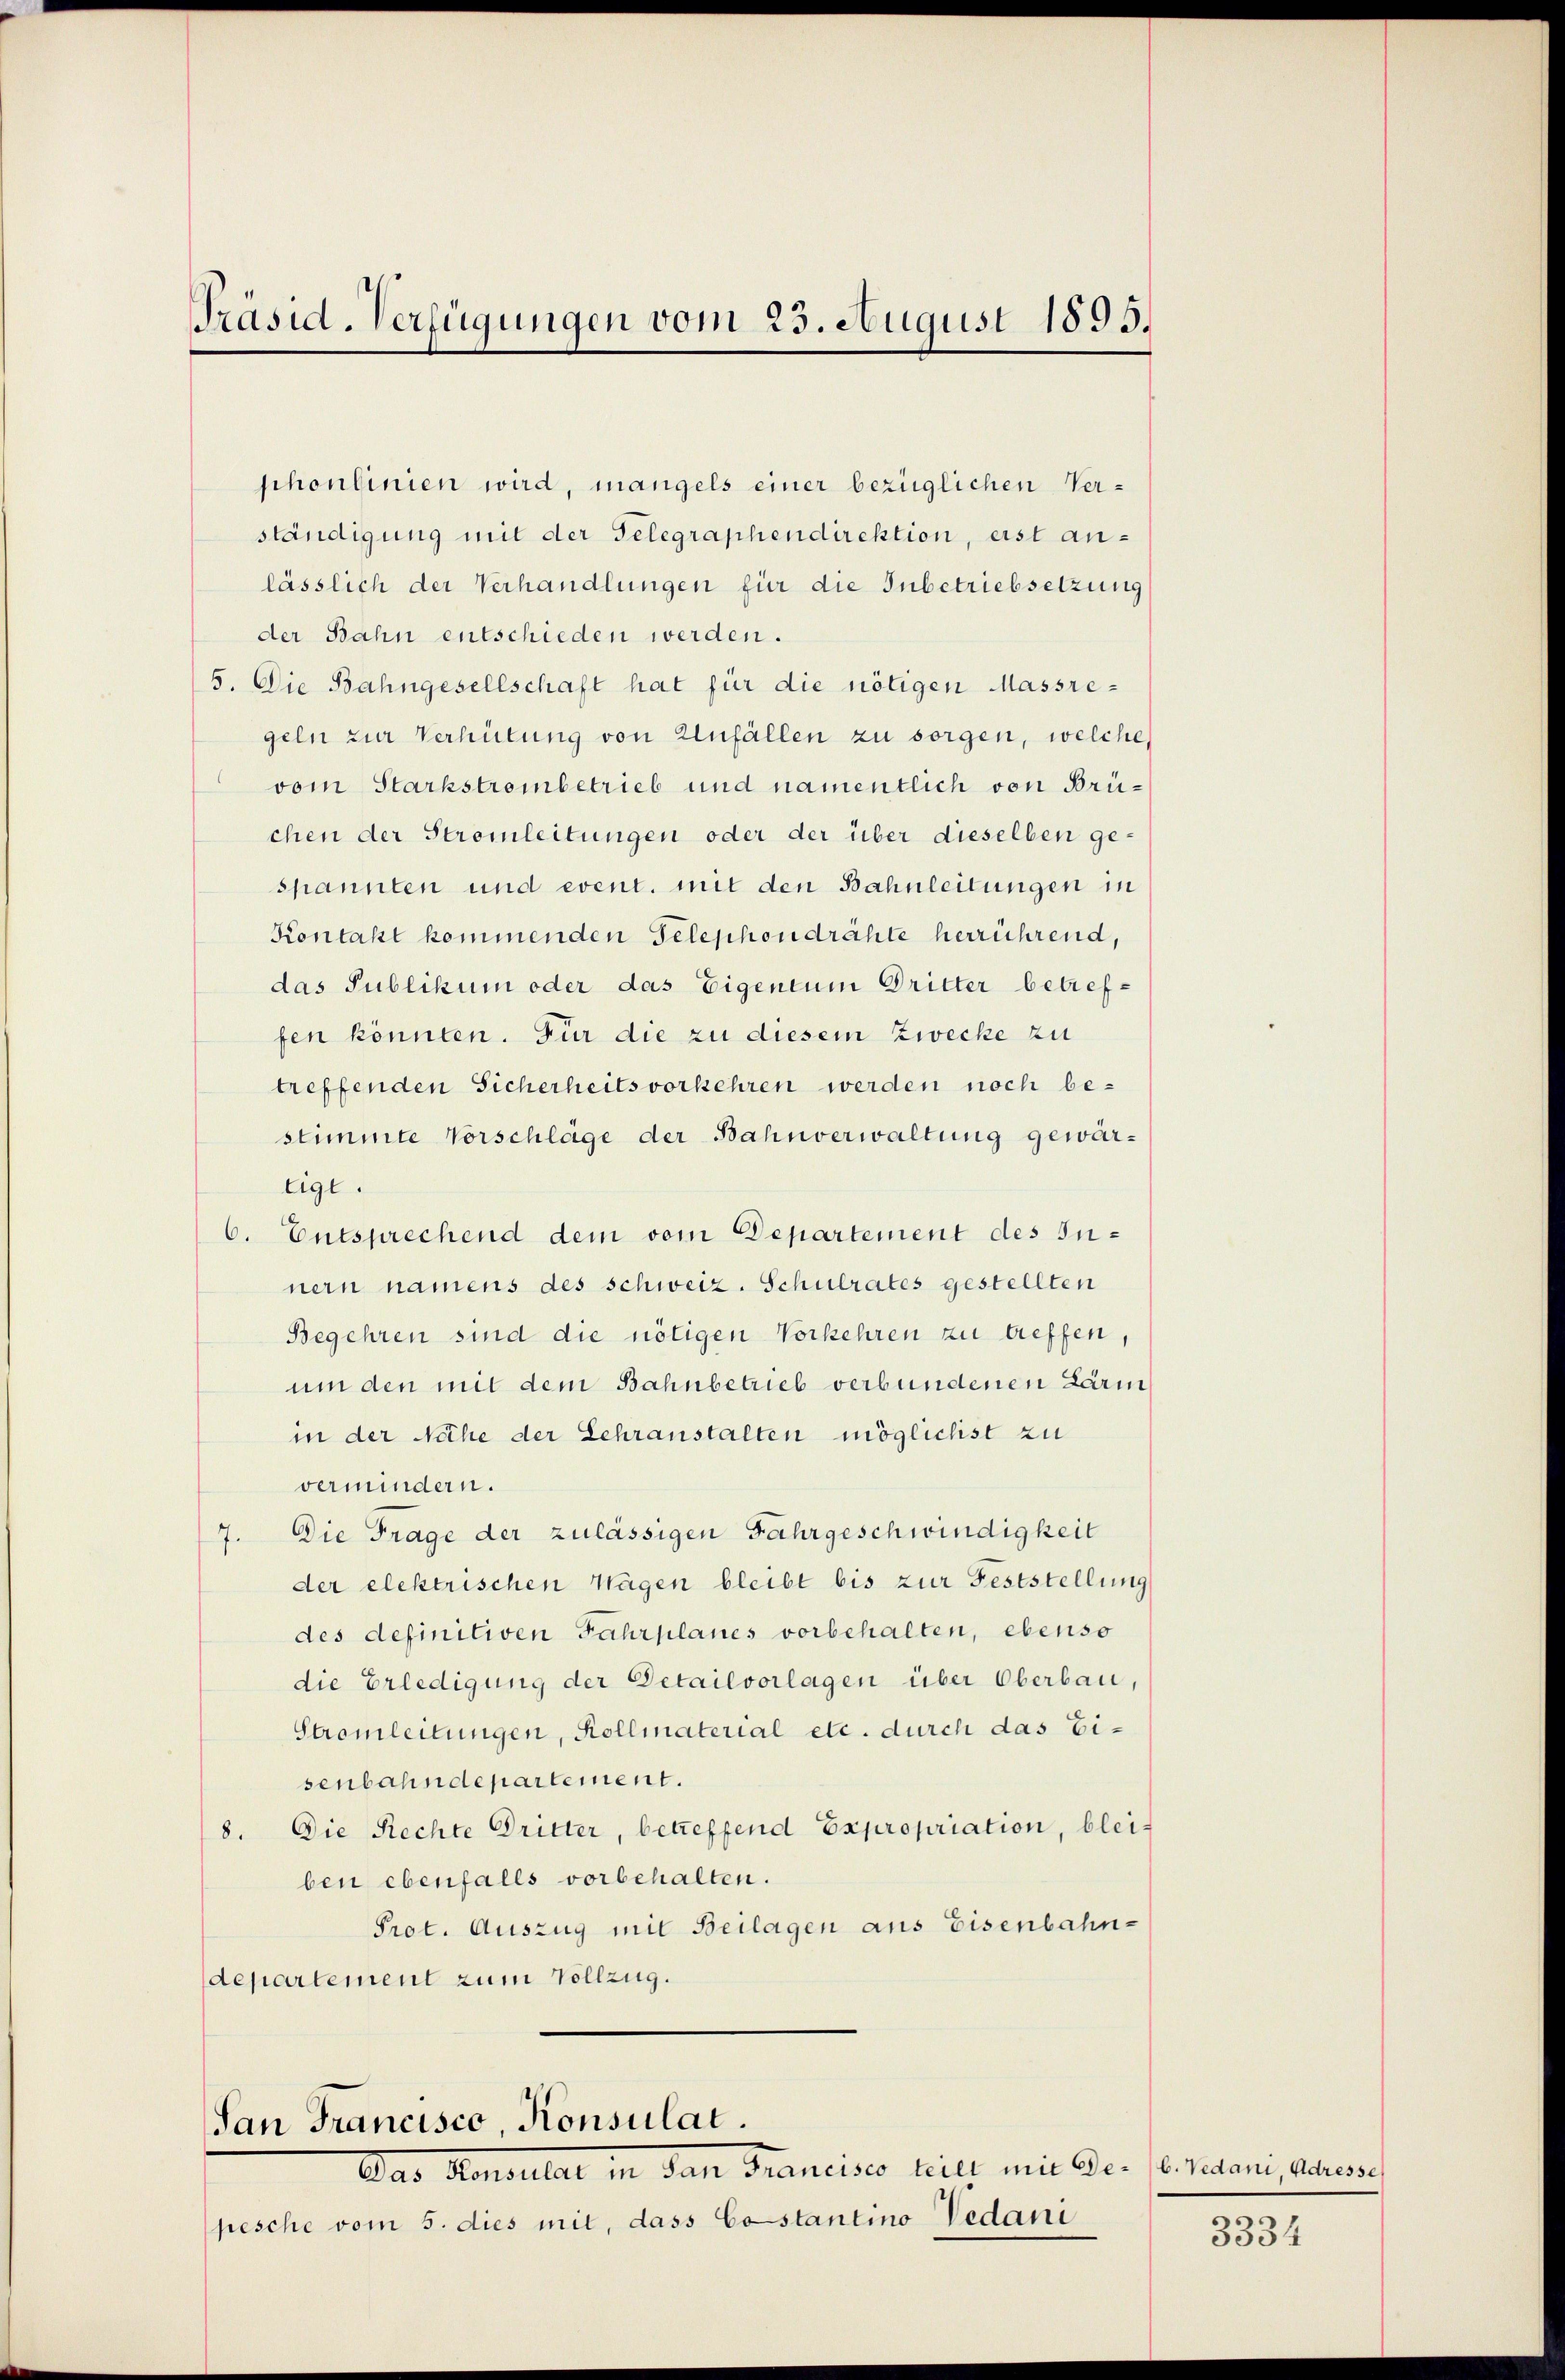
Präsid. Verfügungen vom 25. August 1895.

shonlinien wird, mangels einer bezüglichen Verständigung mit der Gelegraphendirektion, erst anlässlich der Verhandlungen für die Inbetriebsetzung
der Bahn entschieden werden.
5. Die Bahngesellschaft hat für die nötigen Massregeln zur Verhütung von Anfällen zu sorgen, welche
vom Starkstrombetrieb und namentlich von Brüchen der Stromleitungen oder der über dieselben ge-
spannten und event. mit den Bahnleitungen in
Kontakt kommenden Telephondrähte herrührend,
das Publikum oder das Eigentum Dritter betreffen könnten. Für die zu diesem Zwecke zu
treffenden Sicherheits vorkehren werden noch bestimmte Vorschläge der Bahnverwaltung gewär¬
Eigl.
6. Entsprechend dem vom Departement des Innern namens des schweiz. Schulrates gestellten
Begehren sind die nötigen Vorkehren zu treffen,
um den mit dem Bahnbetrieb verbundenen Lärm
in der Niche der Lehranstalten möglichst zu
vermindern.
7. Die Frage der zulässigen Fahrgeschwindigkeit
der elektrischen Wagen bleibt bis zur Feststellung
des definitiven Fahrplanes vorbehalten, ebenso
die Erledigung der Detailvorlagen über Oberbau,
Stromleitungen, Kollmaterial etc. durch das Eisenbahndepartement.
8. Die Rechte Dritter, betreffend Expropriation, bleiben ebenfalls vorbehalten.
Prot. Auszug mit Beilagen aus Eisenbahn-
departement zum Vollzug.

San Francisco, Konsulat.
Das Konsulat in den Francisco teil mit de se retari, alten

pesche vom 5. dies mit, dass Costantino Vedani

3334